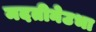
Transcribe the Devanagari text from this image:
मदतीनेउभा